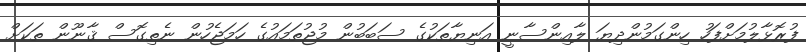
ފުރޮޅާލުމަށްފަހު ހިންގަމުންދިޔަ ލާއިންސާނީ އަނިޔާތަކުގެ ސަބަބުން މުޖުތަމައުގެ ހަމަޖެހުން ނެތިގޮސް ޤާނޫން ތަކަށް